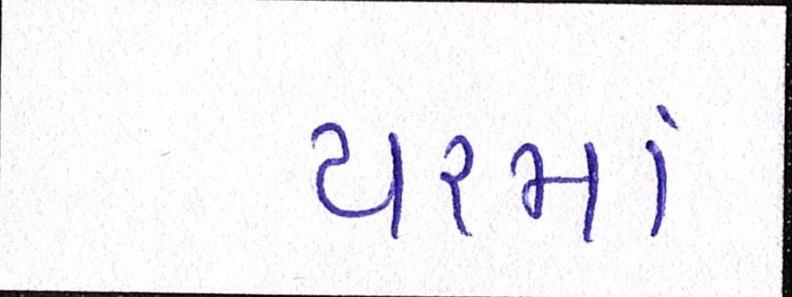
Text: યરમાં